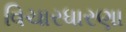
વિચારધારણા